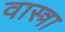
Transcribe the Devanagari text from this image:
वास्त्रा